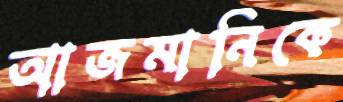
আজমানিকে